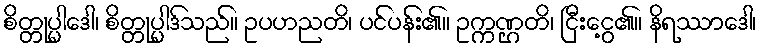
စိတ္တုပ္ပါဒေါ၊ စိတ္တုပ္ပါဒ်သည်။ ဥပဟညတိ၊ ပင်ပန်း၏။ ဥက္ကဏ္ဌတိ၊ ငြီးငွေ့၏။ နိရဿာဒေါ၊